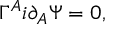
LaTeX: \Gamma ^ { A } i \partial _ { A } \Psi = 0 ,